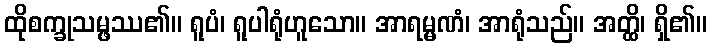
ထိုစက္ခုသမ္ဖဿ၏။ ရူပံ၊ ရူပါရုံဟူသော။ အာရမ္မဏံ၊ အာရုံသည်။ အတ္ထိ၊ ရှိ၏။